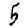
Digit: 5